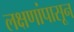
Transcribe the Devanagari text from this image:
लक्षणांपासून